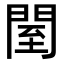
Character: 𨴗